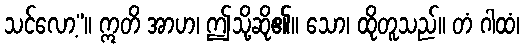
သင်လော့”။ ဣတိ အာဟ၊ ဤသို့ဆို၏။ သော၊ ထိုတူသည်။ တံ ဂါထံ၊